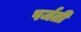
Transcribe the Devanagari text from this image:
पर्जती